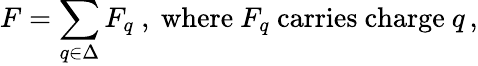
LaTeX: F=\sum_{q\in\Delta}F_{q}\mathrm{~,~where~}F_{q}\mathrm{~carries~charge~}q\, ,